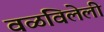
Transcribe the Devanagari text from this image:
वळविलेली